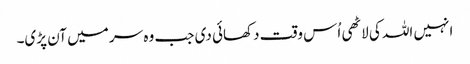
انہیں اللہ کی لاٹھی اُس وقت دکھائی دی جب وہ سر میں آن پڑی۔